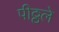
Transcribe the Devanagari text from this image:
पीठ्ठले